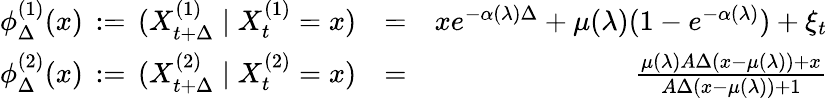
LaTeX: \begin{array}{rlr}{\phi_{\Delta}^{(1)}(x)\, :=\, (X_{t+\Delta}^{(1)}\mid X_{t}^{(1)}=x)}&{=}&{xe^{-\alpha(\lambda)\Delta}+\mu(\lambda)(1-e^{-\alpha(\lambda)})+\xi_{t}}\\ {\phi_{\Delta}^{(2)}(x)\, :=\, (X_{t+\Delta}^{(2)}\mid X_{t}^{(2)}=x)}&{=}&{\frac{\mu(\lambda)A\Delta(x-\mu(\lambda))+x}{A\Delta(x-\mu(\lambda))+1}}\end{array}